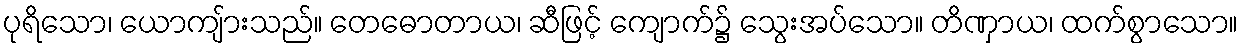
ပုရိသော၊ ယောကျ်ားသည်။ တေဓောတာယ၊ ဆီဖြင့် ကျောက်၌ သွေးအပ်သော။ တိဏှာယ၊ ထက်စွာသော။